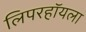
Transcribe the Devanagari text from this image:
लिपरहॉयला